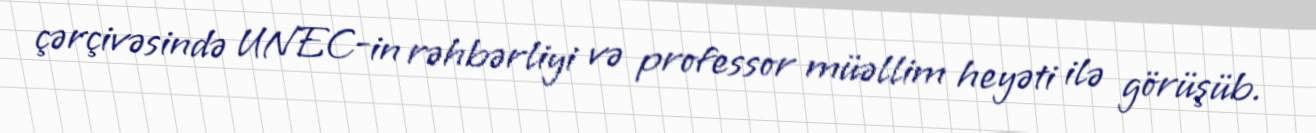
çərçivəsində UNEC-in rəhbərliyi və professor müəllim heyəti ilə görüşüb.